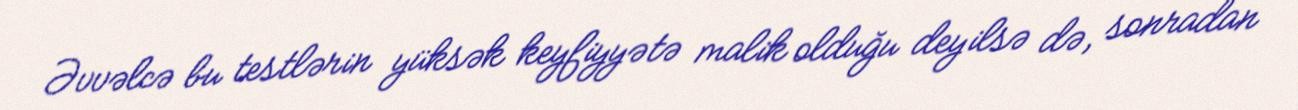
Əvvəlcə bu testlərin yüksək keyfiyyətə malik olduğu deyilsə də, sonradan